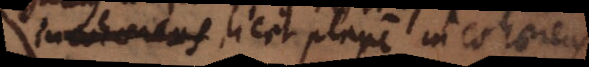
incohaerens licet plane incohaerens